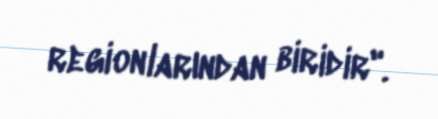
regionlarından biridir".